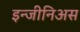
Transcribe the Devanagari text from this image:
इन्जीनिअस